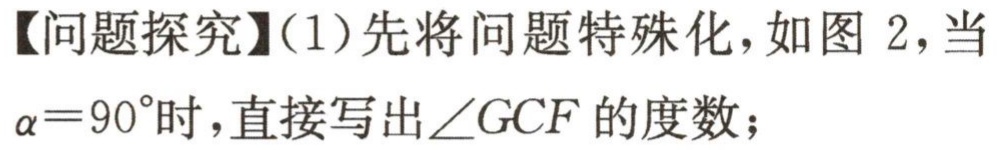
【问题探究】（1）先将问题特殊化，如图 2，当$\alpha = 90^{\circ}$时，直接写出$\angle GCF$的度数；